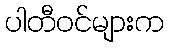
ပါတီဝင်များက